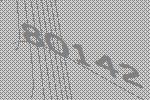
80142